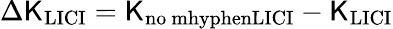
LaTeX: \Delta\mathsf{K}_{\mathrm{{LICI}}}=\mathsf{K}_{\mathrm{{no\ mhyphenLICI}}}-\mathsf{K}_{\mathrm{{LICI}}}